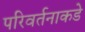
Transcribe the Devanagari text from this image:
परिवर्तनाकडे